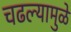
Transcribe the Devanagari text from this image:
चढल्यामुळे